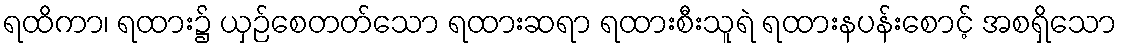
ရထိကာ၊ ရထား၌ ယှဉ်စေတတ်သော ရထားဆရာ ရထားစီးသူရဲ ရထားနပန်းစောင့် အစရှိသော